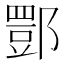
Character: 𨝾